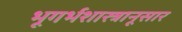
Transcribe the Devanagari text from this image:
भूगर्भशास्त्रानूसार